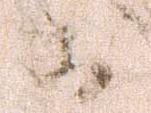
お